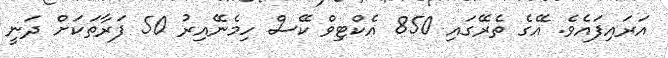
އަރައިފައެވެ. އޭގެ ތެރޭގައި 850 އެކްޓިވް ކޭސް ހިމެނޭއިރު 50 ފަރާތަކަށް ދަނީ